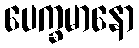
ပေက္ခမာနော